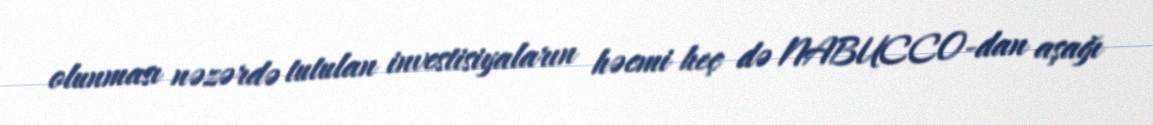
olunması nəzərdə tutulan investisiyaların həcmi heç də NABUCCO-dan aşağı